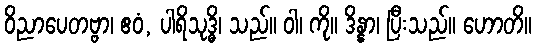
ဝိညာပေတဗ္ဗာ၊ ဧဝံ, ပါရိသုဒ္ဓိ၊ သည်။ ဝါ၊ ကို။ ဒိန္နာ၊ ပြီးသည်။ ဟောတိ။